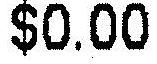
$0.00